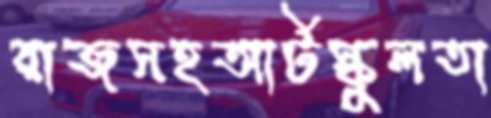
রাজসহআর্টস্কুলতা